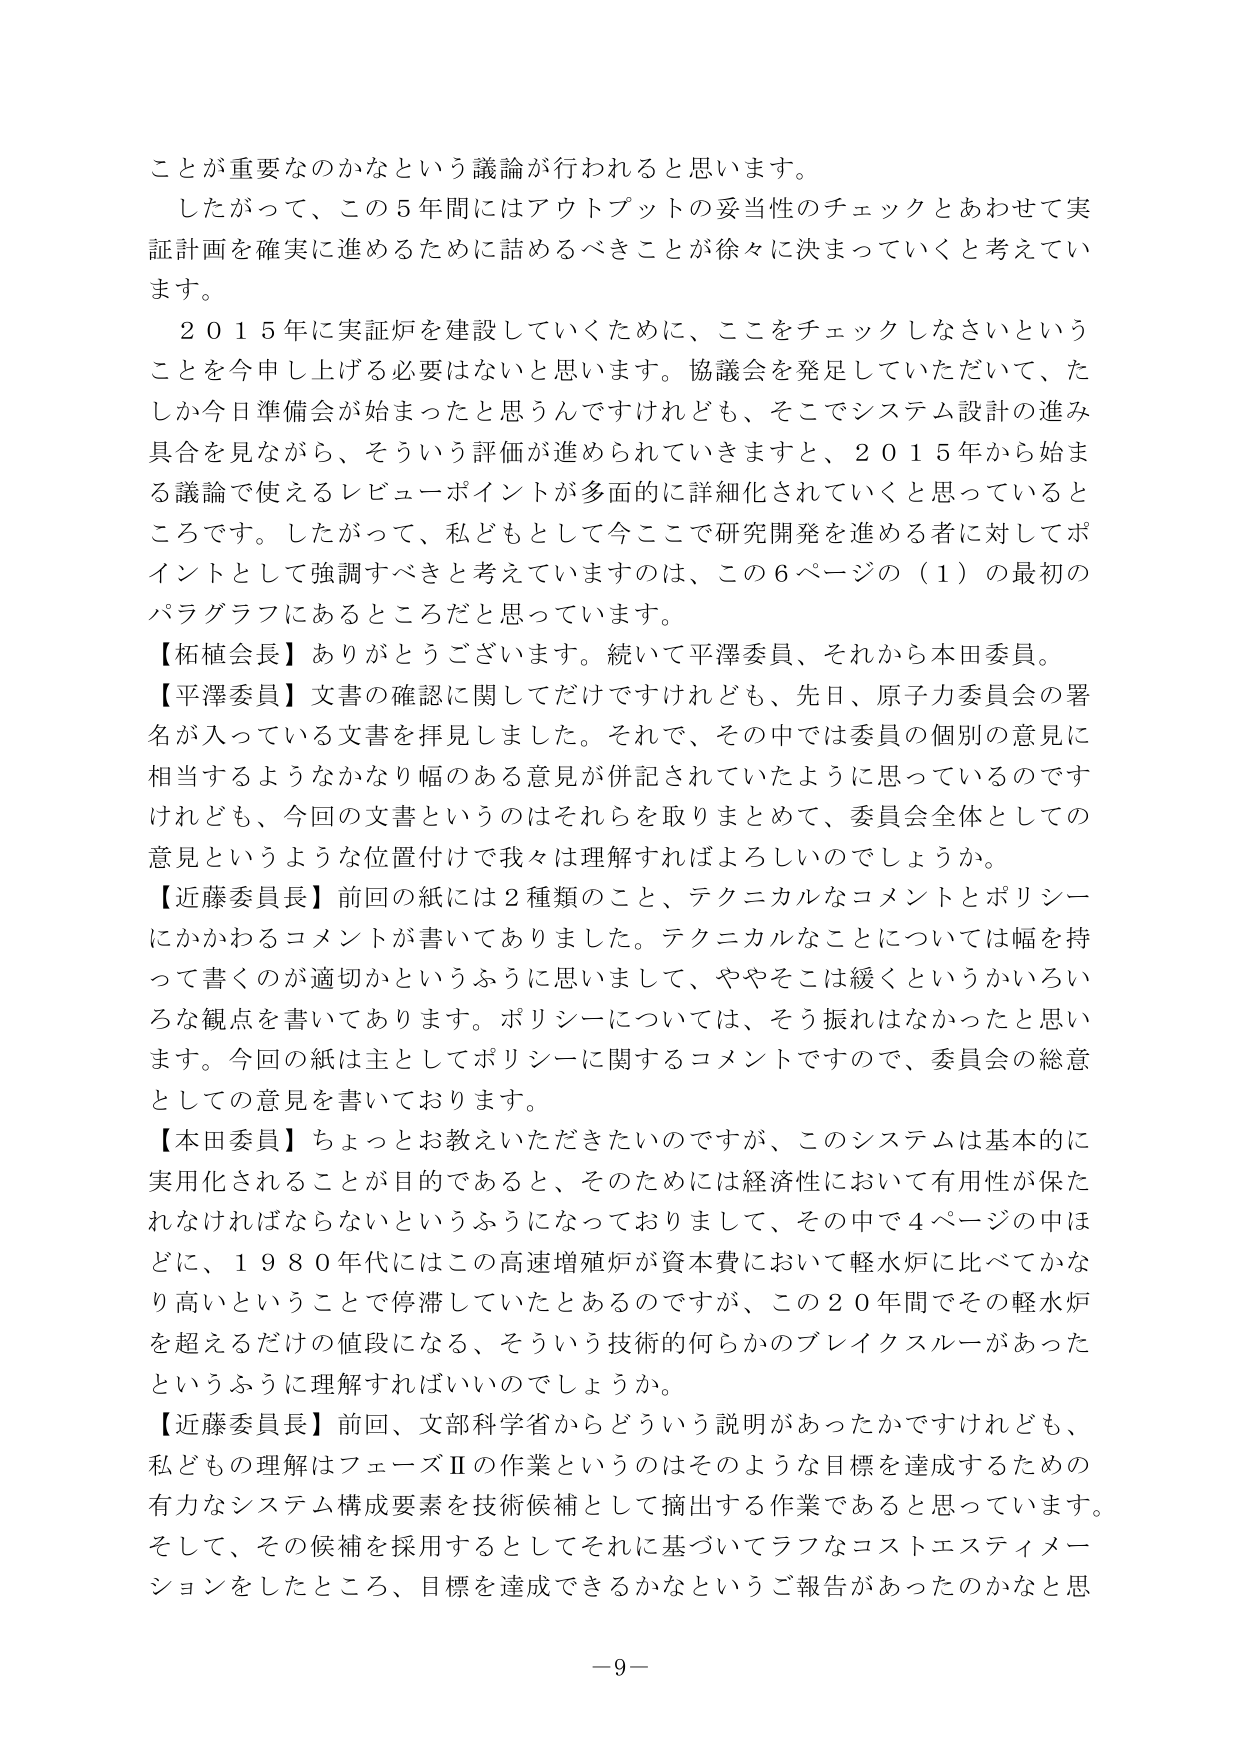
ことが重要なのかなという議論が行われると思います。
したがって、この５年間にはアウトプットの妥当性のチェックとあわせて実証計画を確実に進めるために詰めるべきことが徐々に決まっていくと考えています。
２０１５年に実証炉を建設していくために、ここをチェックしなさいということを今申し上げる必要はないと思います。協議会を発足していただいて、たしか今日準備会が始まったと思うんですけれども、そこでシステム設計の進み具合を見ながら、そういう評価が進められていくと、２０１５年から始まる議論で使えるレビュー・ポイントが多面的に詳細化されていくと思っているところです。したがって、私どもとして今ここで研究開発を進める者に対してポイントとして強調すべきと考えていますのは、この６ページの（１）の最初のパラグラフにあるところだと思っています。
【柘植会長】ありがとうございます。続いて平澤委員、それから本田委員。
【平澤委員】文書の確認に関してだけですけれども、先日、原子力委員会の署名が入っている文書を拝見しました。それで、その中では委員の個別の意見に相当するようなかなり幅のある意見が併記されていたように思っているのですけれども、今回の文書というのはそれらを取りまとめて、委員会全体としての意見というような位置付けで我々は理解すればよろしいのでしょうか。
【近藤委員長】前回の紙には２種類のこと、テクニカルなコメントとポリシーにかかわるコメントが書いてありました。テクニカルなことについては幅を持って書くのが適切かというふうに思いまして、ややそこは緩くというかいろいろな観点を書いてあります。ポリシーについては、そう振れはなかったと思います。今回の紙は主としてポリシーに関するコメントですので、委員会の総意としての意見を書いております。
【本田委員】ちょっとお教えいただきたいのですが、このシステムは基本的に実用化されることが目的であると、そのためには経済性において有用性が保たれなければならないというふうになっておりまして、その中で４ページの中ほどに、１９８０年代にはこの高速増殖炉が資本費において軽水炉に比べてかなり高いということで停滞していたとあるのですが、この２０年間でその軽水炉を超えるだけの値段になる、そういう技術の何らかのブレイクスルーがあったというふうに理解すればいいのでしょうか。
【近藤委員長】前回、文部科学省からどういう説明があったかですけれども、私どもの理解はフェーズⅡの作業というのはそのような目標を達成するための有力なシステム構成要素を技術候補として摘出する作業であると思っています。そして、その候補を採用するとしてそれに基づいてラフなコストエスティメーションをしたところ、目標を達成できるかなというご報告があったのかなと思います。
－９－